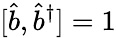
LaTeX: [\hat{b},\hat{b}^{\dagger}]=1